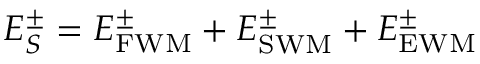
E _ { S } ^ { \pm } = E _ { \mathrm { F W M } } ^ { \pm } + E _ { \mathrm { S W M } } ^ { \pm } + E _ { \mathrm { E W M } } ^ { \pm }